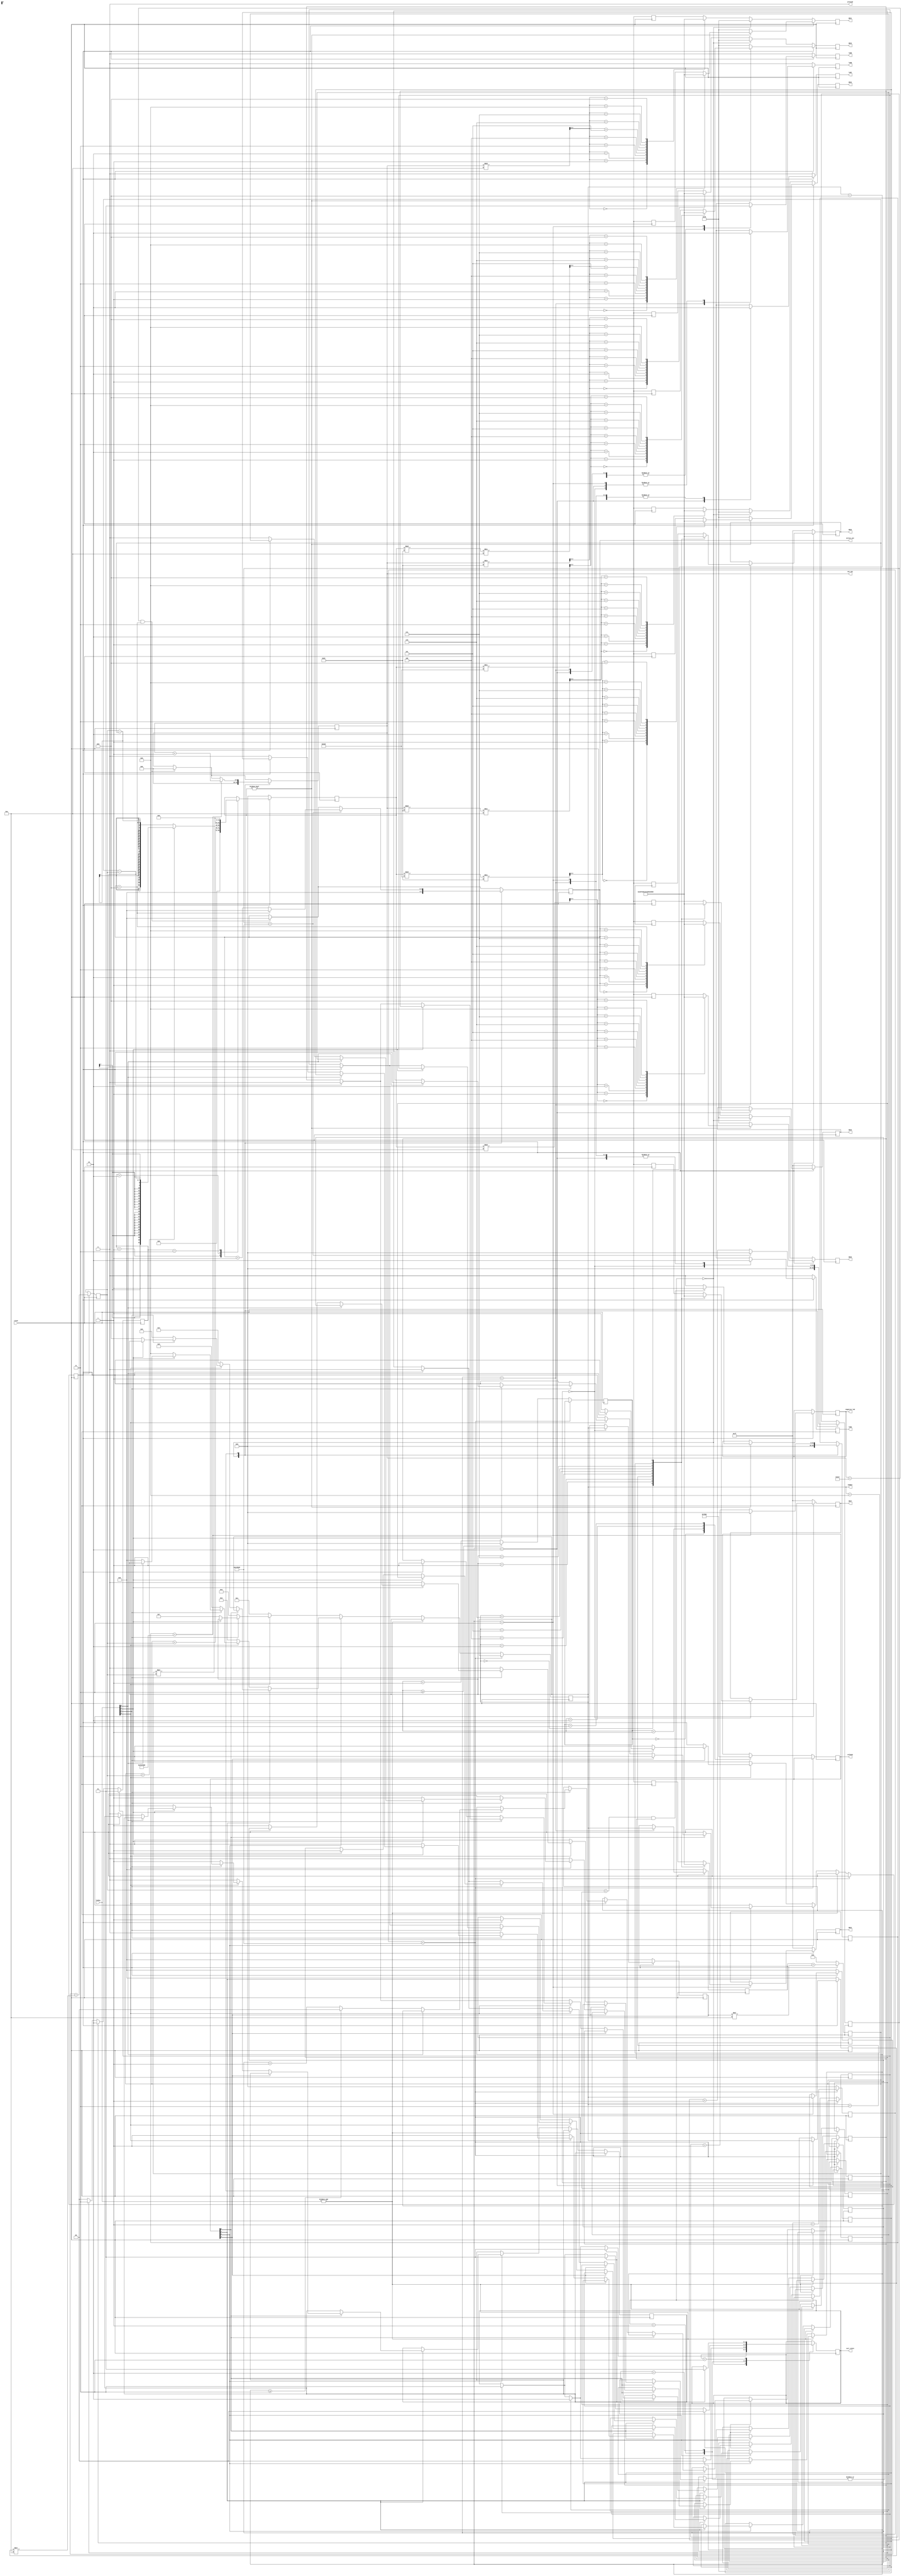
module projeto (sec_out, milsec_out, curr_state, clock, HEX7, HEX6, HEX5, HEX4, HEX3, HEX2, HEX1, HEX0,
					 colunas, linhas, number, pressed, ledA, ledB, ledC, ledD, negative_led);
					 
//segundos e decisegundos					 
output reg[9:0] sec_out;
output reg[3:0] milsec_out;



//ajuste de clock
reg[31:0] pulsos;
reg[31:0] pulsos_aux;

//estado atual
output reg[1:0] curr_state;

//display de 7 segmentos
output reg[6:0] HEX7;
output reg[6:0] HEX6;
output reg[6:0] HEX5;
output reg[6:0] HEX4;
output reg[6:0] HEX3;
output reg[6:0] HEX2;
output reg[6:0] HEX1;
output reg[6:0] HEX0;

//keypad
output reg [3:0] colunas;
input [3:0] linhas;
output reg [3:0] number;
output reg pressed;

parameter frequence = 50000000;
parameter delay_debounce = frequence / 10;

reg[31:0] pulsos_debounce = 0;
reg[31:0] pulsos_debounce_aux = 0;

//flags
reg A = 0;
reg B = 0;
reg C = 0;
reg D = 0;
reg calcMode = 0;
reg soma_flag = 0;
reg sub_flag = 0;
reg mult_flag = 0;
reg negative_flag = 0;

reg [1:0] currInput;
reg [1:0] curr_state_calc;
reg [6:0] ln1;
reg [6:0] ln2;
reg [3:0] dezena1, dezena2;
reg [3:0] unidade1, unidade2;
reg [31:0] result;

output reg ledA;
output reg ledB;
output reg ledC;
output reg ledD;
output reg negative_led;


input clock;

parameter reset = 0, contar = 1, pausar = 2, parar = 3;
parameter input0 = 0, input1 = 1, input2 = 2, input3 = 3;
parameter soma = 1, sub = 2, mult = 3;

initial begin 
	pressed = 0;
	curr_state = parar;
	currInput = input0;
end

function [6:0] HEX (input [3:0] n); begin
	case(n)
		4'b0000: HEX=7'b1000000;
		4'b0001: HEX=7'b1111001;
		4'b0010: HEX=7'b0100100;
		4'b0011: HEX=7'b0110000;
		4'b0100: HEX=7'b0011001;
		4'b0101: HEX=7'b0010010;
		4'b0110: HEX=7'b0000010;
		4'b0111: HEX=7'b1111000;
		4'b1000: HEX=7'b0000000;
		4'b1001: HEX=7'b0011000;
	endcase
end
endfunction

always @(posedge clock) begin
	//quando atinge 999.9s
	if (sec_out == 999 && milsec_out == 9) begin
		sec_out <= 0;
		milsec_out <= 0;
	end
	
	case (curr_state)
		
		reset: begin
			sec_out <= 0; milsec_out <= 0; pulsos <= 0; pulsos_aux <= 0;
			
		end
		
		contar: begin
			pulsos <= pulsos + 1;
			pulsos_aux <= pulsos_aux + 1;
		
			//contagem
			if(pulsos_aux == 5000000)begin
				pulsos_aux <= 0;
				if(milsec_out == 9) begin
					milsec_out <= 0;
				end else milsec_out <= milsec_out + 1'b1;
			end
			
			if(pulsos == 50000000) begin
				sec_out <= sec_out + 1'b1;
				pulsos <= 0;
			end

		end
		
		pausar: begin
		
			pulsos <= pulsos + 1;
			pulsos_aux <= pulsos_aux + 1;
		
			//contagem
			if(pulsos_aux == 5000000)begin
					pulsos_aux <= 0;
					if(milsec_out == 9) begin
						milsec_out <= 0;
					end else milsec_out <= milsec_out + 1'b1;
			end
				
			if(pulsos == 50000000) begin
				sec_out <= sec_out + 1'b1;
				pulsos <= 0;
			end
			

		end
		
		parar: begin
		
			
		end
	
	endcase
	
end

always @ (posedge clock) begin

	
	case (curr_state)
		reset: begin
			if (B == 1) begin
				curr_state <= contar;
			end else if (C == 1) begin
				curr_state <= pausar;
			end else if (D == 1) curr_state <= parar;
			
		end
		
		contar: begin
			if (A == 1) begin
				curr_state <= reset;
			end else if (C == 1) begin
				curr_state <= pausar;
			end else if (D == 1) begin
				curr_state <= parar;
			end
		end
		
		pausar: begin
			if (A == 1) begin
				curr_state <= reset;
			end else if (B == 1) begin
				curr_state <= contar;
			end else if (D == 1) begin
				curr_state <= parar;
			end
		end
			
		parar: begin
			if (B == 1) begin
				curr_state <= contar;
			end
		end
	endcase

end

always @ (posedge clock) begin
	if (soma_flag) curr_state_calc <= soma;
	else if (sub_flag) curr_state_calc <= sub;
	else if (mult_flag) curr_state_calc <= mult;
	else curr_state_calc <= 0;
end

always @ (posedge clock) begin
	if (calcMode) begin
	
		HEX3 <= 7'b1111111;
		HEX2 <= 7'b1111111;
		HEX1 <= 7'b1111111;
		HEX0 <= 7'b1111111;
		
		case (currInput)
			input0: begin
				HEX7 <= HEX(number);
				dezena1 <= number;
				ledA <= 1;
				ledB <= 0;
				ledC <= 0;
				ledD <= 0;
			end
			
			input1: begin
				HEX6 <= HEX(number);
				unidade1 <= number;
				ledA <= 0;
				ledB <= 1;
				ledC <= 0;
				ledD <= 0;
			end
			
			input2: begin
				HEX5 <= HEX(number);
				dezena2 <= number;
				ledA <= 0;
				ledB <= 0;
				ledC <= 1;
				ledD <= 0;
			end
			
			input3: begin
				HEX4 <= HEX(number);
				unidade2 <= number;
				ledA <= 0;
				ledB <= 0;
				ledC <= 0;
				ledD <= 1;
			end
		endcase
		
		ln1 <= unidade1 + (dezena1 * 10);
		ln2 <= unidade2 + (dezena2 * 10);
		
		case (curr_state_calc) 
			soma: begin
				result <= ln1 + ln2;
			end
	
			sub: begin
				if (ln1 > ln2) result <= ln1 - ln2;
				else begin
					result <= ln2 - ln1;
					negative_flag <= 1;
				end
			end
			
			mult: begin
				result <= ln1 * ln2;
			end
		endcase
		
		negative_flag <= 0;
		
		if (result != 0) begin
			HEX3 <= HEX(result / 1000);
			HEX2 <= HEX(((result % 1000)/100));
			HEX1 <= HEX((result % 100) / 10);
			HEX0 <= HEX(result % 10);
			
			if (ln2 > ln1 && sub_flag) negative_led <= 1;
			else negative_led <= 0;
		end else begin
			HEX3 <= HEX(0);
			HEX2 <= HEX(0);
			HEX1 <= HEX(0);
			HEX0 <= HEX(0);
		end

	end else begin
		
		// zera informaes da calculadora aps volta para o cronometro
		HEX7 <= 7'b1111111;
		HEX6 <= 7'b1111111;
		HEX5 <= 7'b1111111;
		HEX4 <= 7'b1111111;
		ledA <= 0;
		ledB <= 0;
		ledC <= 0;
		ledD <= 0;
		ln1 <= 0;
		ln1 <= 0;
		dezena1 <= 0;
		unidade1 <= 0;
		dezena2 <= 0;
		unidade2 <= 0;
		result <= 0;
		
		
		case (curr_state) 
			reset: begin	
				// zera display cronometro
				HEX3 <= HEX(4'b0000);
				HEX2 <= HEX(4'b0000);
				HEX1 <= HEX(4'b0000);
				HEX0 <= HEX(4'b0000);
			end
			
			default: begin
				// atualiza display
				HEX3 <= HEX(sec_out / 100);
				HEX2 <= HEX(((sec_out % 100)/10));
				HEX1 <= HEX(sec_out % 10);
				HEX0 <= HEX(milsec_out);
			end
		endcase
	end
end


always @ (posedge clock) begin

	if (pulsos_debounce < delay_debounce) begin
		pulsos_debounce <= pulsos_debounce + 1;
	end else begin
		pulsos_debounce <= 0;
		
		case (pulsos_debounce_aux)
			0: colunas <= 4'b0111;
			1: colunas <= 4'b1011;
			2: colunas <= 4'b1101;
			3: colunas <= 4'b1110;
		endcase
		
		
		if (pulsos_debounce_aux >= 3) pulsos_debounce_aux <= 0;
		else pulsos_debounce_aux <= pulsos_debounce_aux + 1;
		
		if (~&linhas) begin
			
			if (~colunas[0]) begin
				if (~linhas[0]) number <= 4'd1;
				else if (~linhas[1]) number <= 4'd4;
				else if (~linhas[2]) number <= 4'd7;
				else if (~linhas[3]) calcMode <= 1;
			end
			else if (~colunas[1]) begin
				if (~linhas[0]) number <= 4'd2;
				else if (~linhas[1]) number <= 4'd5;
				else if (~linhas[2]) number <= 4'd8;
				else if (~linhas[3]) number <= 4'd0;
			end
			else if (~colunas[2]) begin
				if (~linhas[0]) number <= 4'd3;
				else if (~linhas[1]) number <= 4'd6;
				else if (~linhas[2]) number <= 4'd9;
				else if (~linhas[3]) begin
					if (currInput >= 3) currInput <= 0;
					else currInput <= currInput + 1;
				end
			end
			else if (~colunas[3]) begin
				if (~linhas[0]) begin
					A <= 1;
					B <= 0;
					C <= 0;
					D <= 0;
					
					if (calcMode) begin
						soma_flag <= 1;
						sub_flag <= 0;
						mult_flag <= 0;
					end
				end else if (~linhas[1]) begin
					A <= 0;
					B <= 1;
					C <= 0;
					D <= 0;
					
					if (calcMode) begin
						soma_flag <= 0;
						sub_flag <= 1;
						mult_flag <= 0;
					end
				end else if (~linhas[2]) begin
					A <= 0;
					B <= 0;
					C <= 1;
					D <= 0;
					
					if (calcMode) begin
						soma_flag <= 0;
						sub_flag <= 0;
						mult_flag <= 1;
					end
				end else if (~linhas[3]) begin
					if (~calcMode) begin
						A <= 0;
						B <= 0;
						C <= 0;
						D <= 1;
					end else calcMode <= 0;
				end
			end
		end
		
	
	end
	
	
end

endmodule